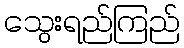
သွေးရည်ကြည်